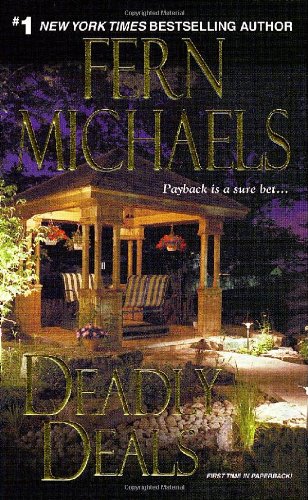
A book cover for Deadly Deals (Sisterhood); Fern Michaels; Literature & Fiction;